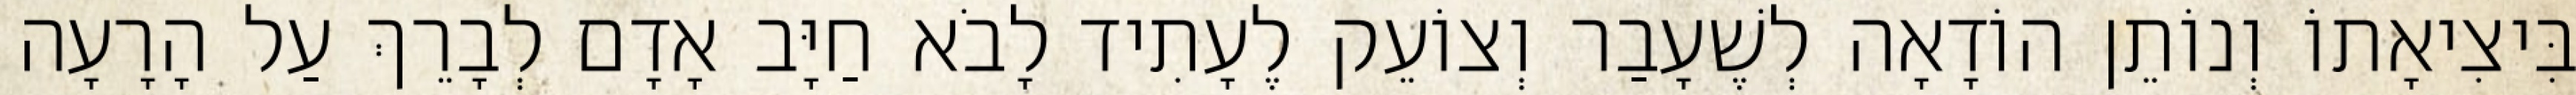
בִּיצִיאָתוֹ וְנוֹתֵן הוֹדָאָה לְשֶׁעָבַר וְצוֹעֵק לֶעָתִיד לָבֹא חַיָּב אָדָם לְבָרֵךְ עַל הָרָעָה